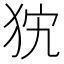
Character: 𤝨